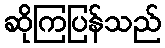
ဆိုကြပြန်သည်